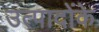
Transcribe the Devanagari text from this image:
उत्पादोंके